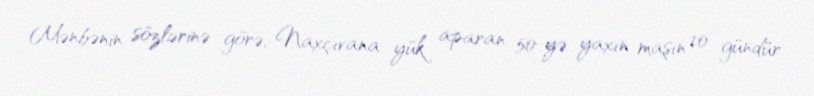
Mənbənin sözlərinə görə, Naxçıvana yük aparan 50-yə yaxın maşın 10 gündür